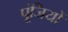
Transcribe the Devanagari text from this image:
पूंजियों